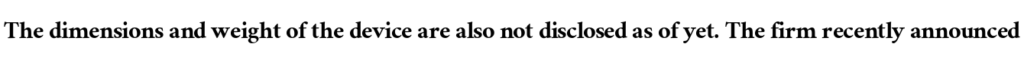
The dimensions and weight of the device are also not disclosed as of yet. The firm recently announced